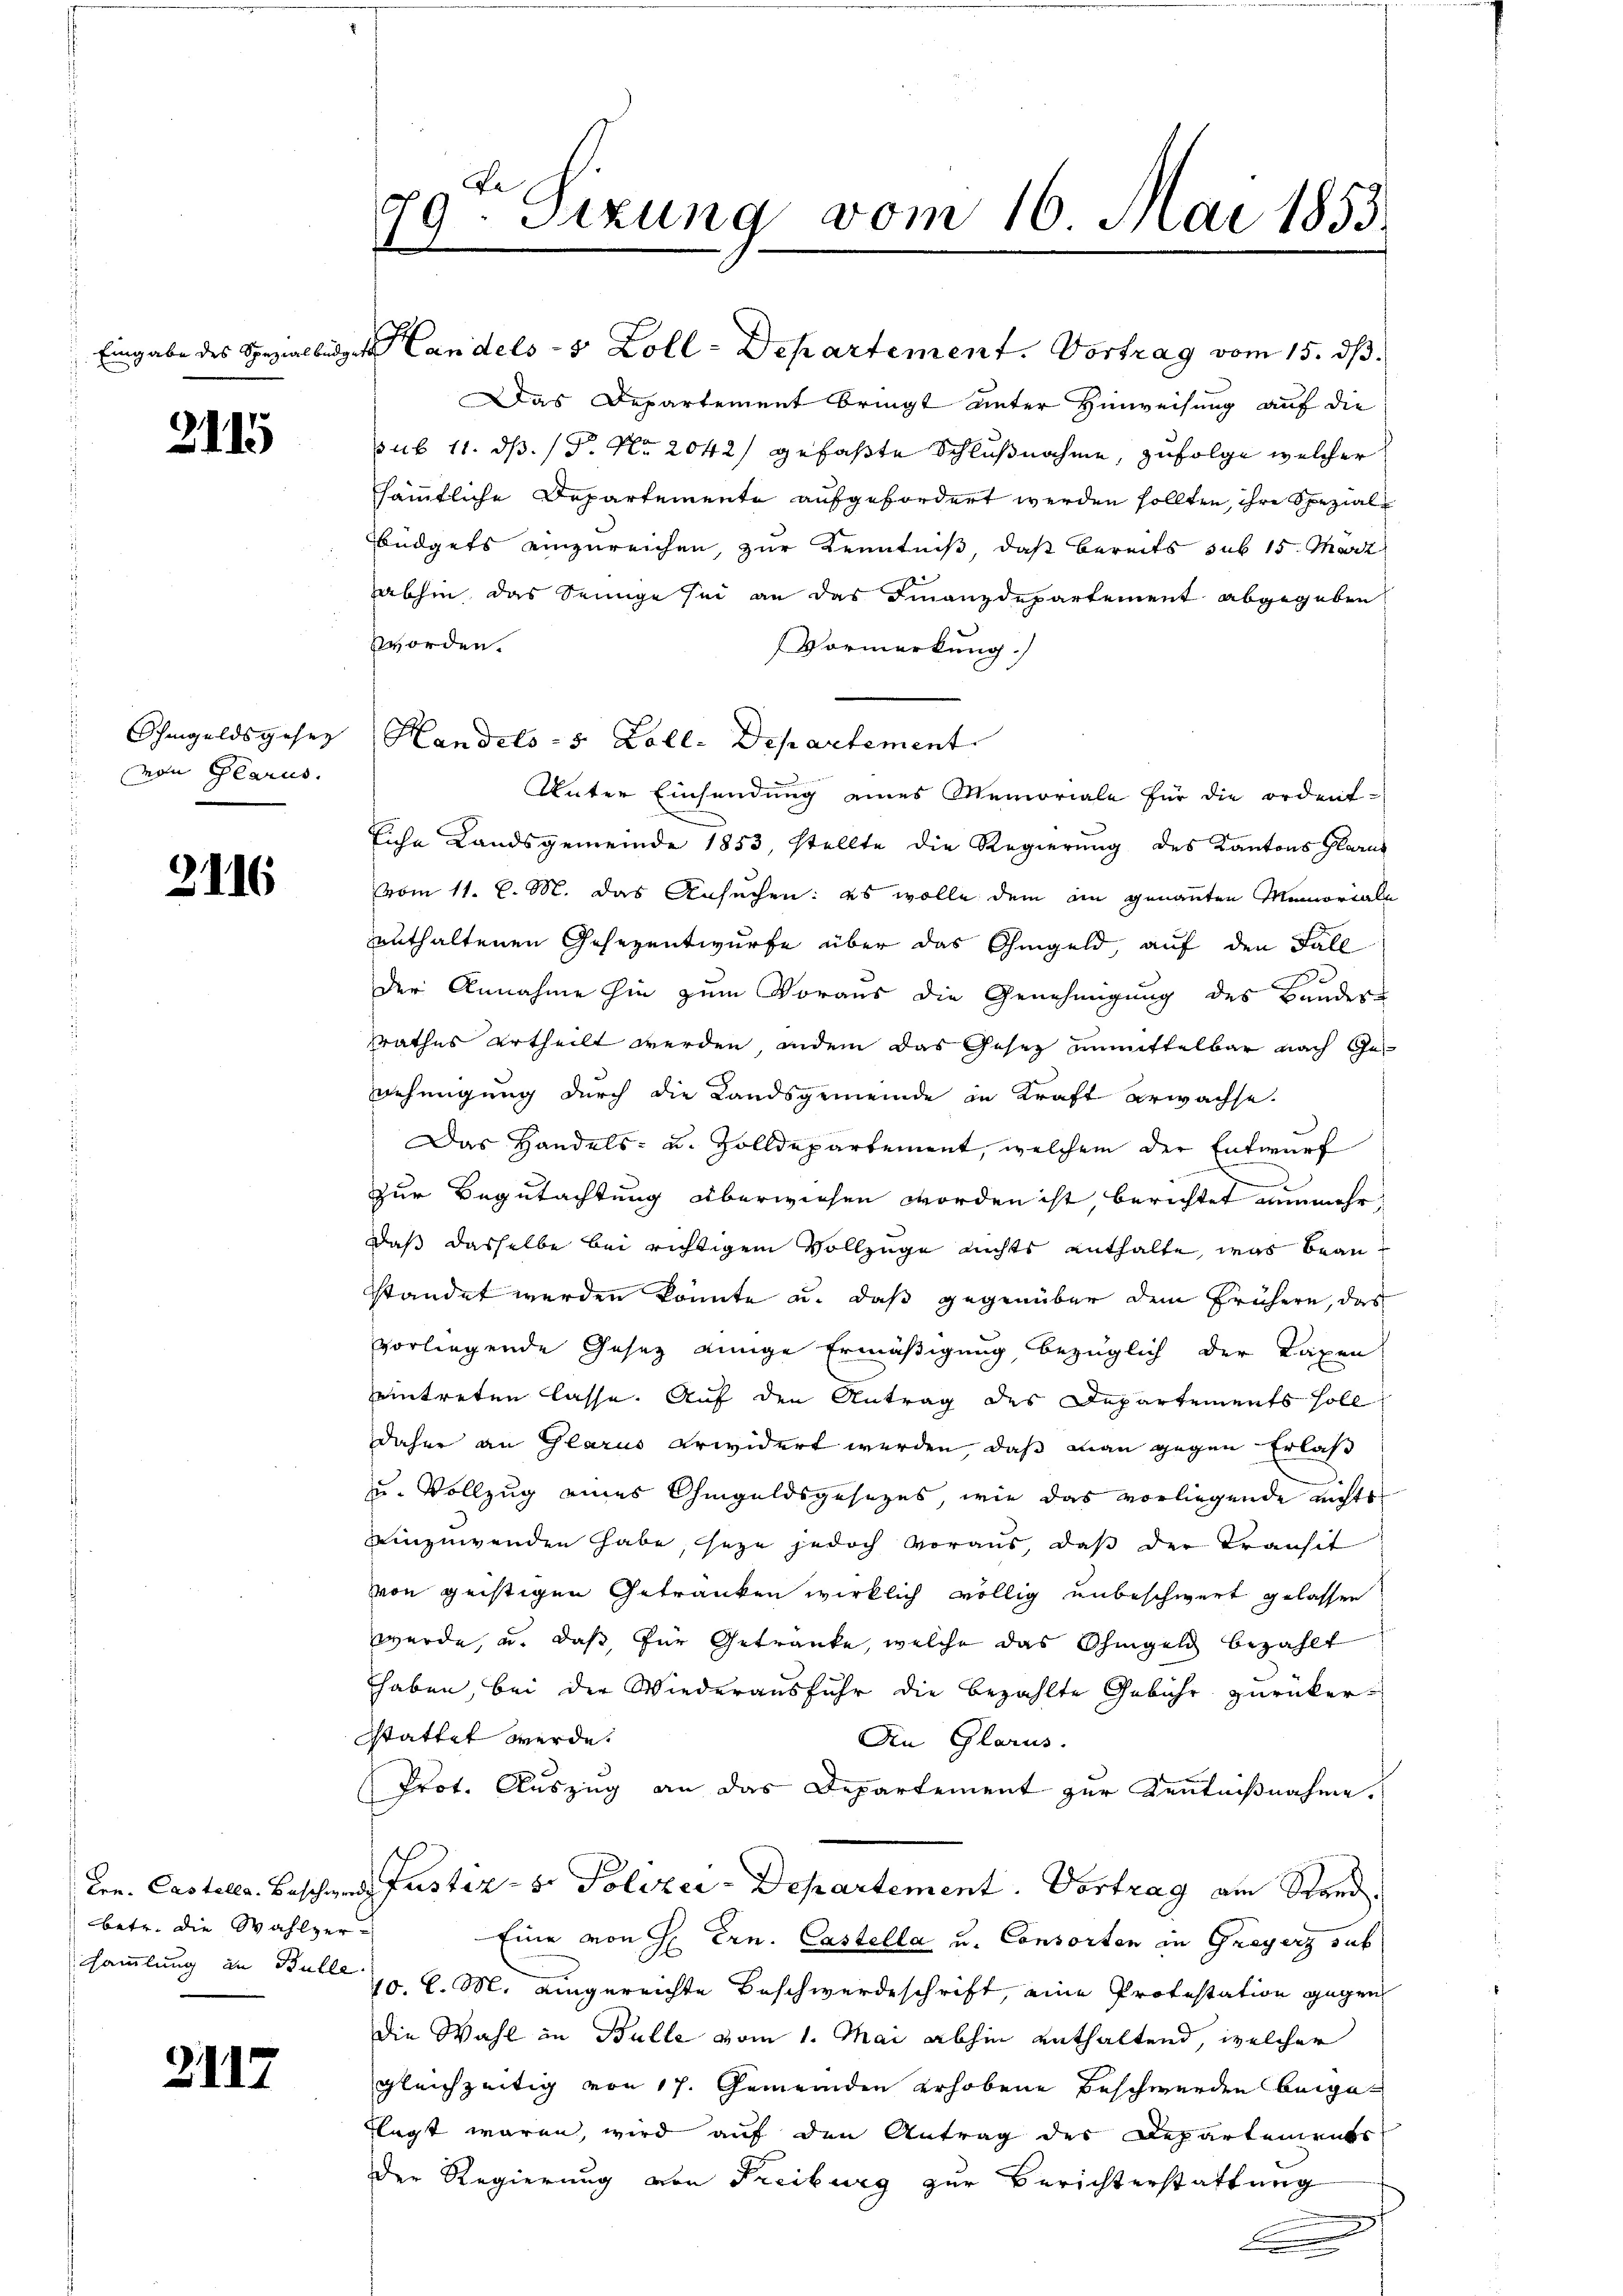
21.

Ohmgelds geset
von Glarus.

2116

betr. die Wahlzer-

2117

79ten Sizung vom 16. Mai 1853.
7

Handels- 5 Zoll. Departement

Das Departement bringt unter Hinweisung auf die
sub 11. d. 18. No. 2042) gefaßte Schlußnahme, zufolge welcher
sämmtliche Departemente aufgefordert werden sollten, ihre Spezial¬
Büdgets einzureichen, zur Kenntniß, daß bereits sub 15. Mart
abhin, das Seinige sei an das Finanzdepartement abgegeben
worden.
Vormerkung.)
Unter Einsendung eines Memoriale für die ordent-
Eiche Landsgemeinde 1853, stellte die Regierung des Kantons Glarus
vom 11. d. M. das Ansuchen: es wolle dem an genannten Memoriali
enthaltenen Gesezentwurfe über das Ohmgeld, auf den Fall
der Annahme hin zum Voraus die Genehmigung des Bander
srathes ertheilt werden, indem das Gesetz unmittelbar nach Genehmigung durch die Landsgemeinde in Kraft erwachse.
Das Handels- u. Zolldepartement, welchem der Entwurf
zur Begutachtung überwiesen worden ist, berichtet nunmehr
daß dasselbe bei richtigem Vollzuge nichts enthalte, was beanstandet werden könnte u. daß gegenüber dem frühern, das
vorliegende Gesez einige Ermäßigung bezüglich der Taxen
eintreten lasse. Auf den Antrag des Departements soll
daher an Glarus erwidert werden, daß man gegen Erlaß
u. Vollzug eines Ohmgeldsgesezes, wie das vorliegende nichts
einzuwenden habe, seze jedoch voraus, daß der Transit
von geistigen Getranken wirklich völlig unbeschwert gelassen
wurde, u. daß für Getränke, welche das Ohmgeld bezahlt
haben, bei der Wiederausfuhr die bezahlte Gebühr zurücker-
stattet werde.
An Glarus.
Prot. Auszug an das Departement zur Kenntnißnahme.
Ern. Castella. Beschen Justiz- & Polizei-Departement. Vortrag am Stand,
Eine von H. Ern. Castella u. Consorten in Greyerz sub
sammlung an Bulle 10. d. M. eingereichte Beschwerdeschrift, eine Protestation gegen
die Wahl in Bulle vom 1. Mai abhin enthaltend, welcher
gleichzeitig von 17. Gemeinden erhobene Beschwerden beigeflagt waren, wird auf den Antrag der Departements
der Regierung von Freiburg zur Berichterstattung
e

Eingabe des Spezialberges Landels- & Zoll-Departement. Vortrag vom 15. dβ.